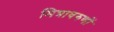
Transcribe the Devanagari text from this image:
मित्रावरुणों